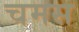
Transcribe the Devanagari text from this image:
चमस